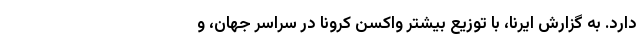
دارد. به گزارش ایرنا، با توزیع بیشتر واکسن کرونا در سراسر جهان، و